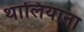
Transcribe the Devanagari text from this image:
थालियाना